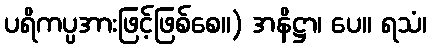
ပရိကပ္ပအားဖြင့်ဖြစ်စေ။) အနိဋ္ဌာ၊ ပေ။ ရသံ၊